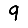
Digit: 9